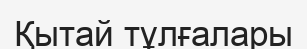
Қытай тұлғалары